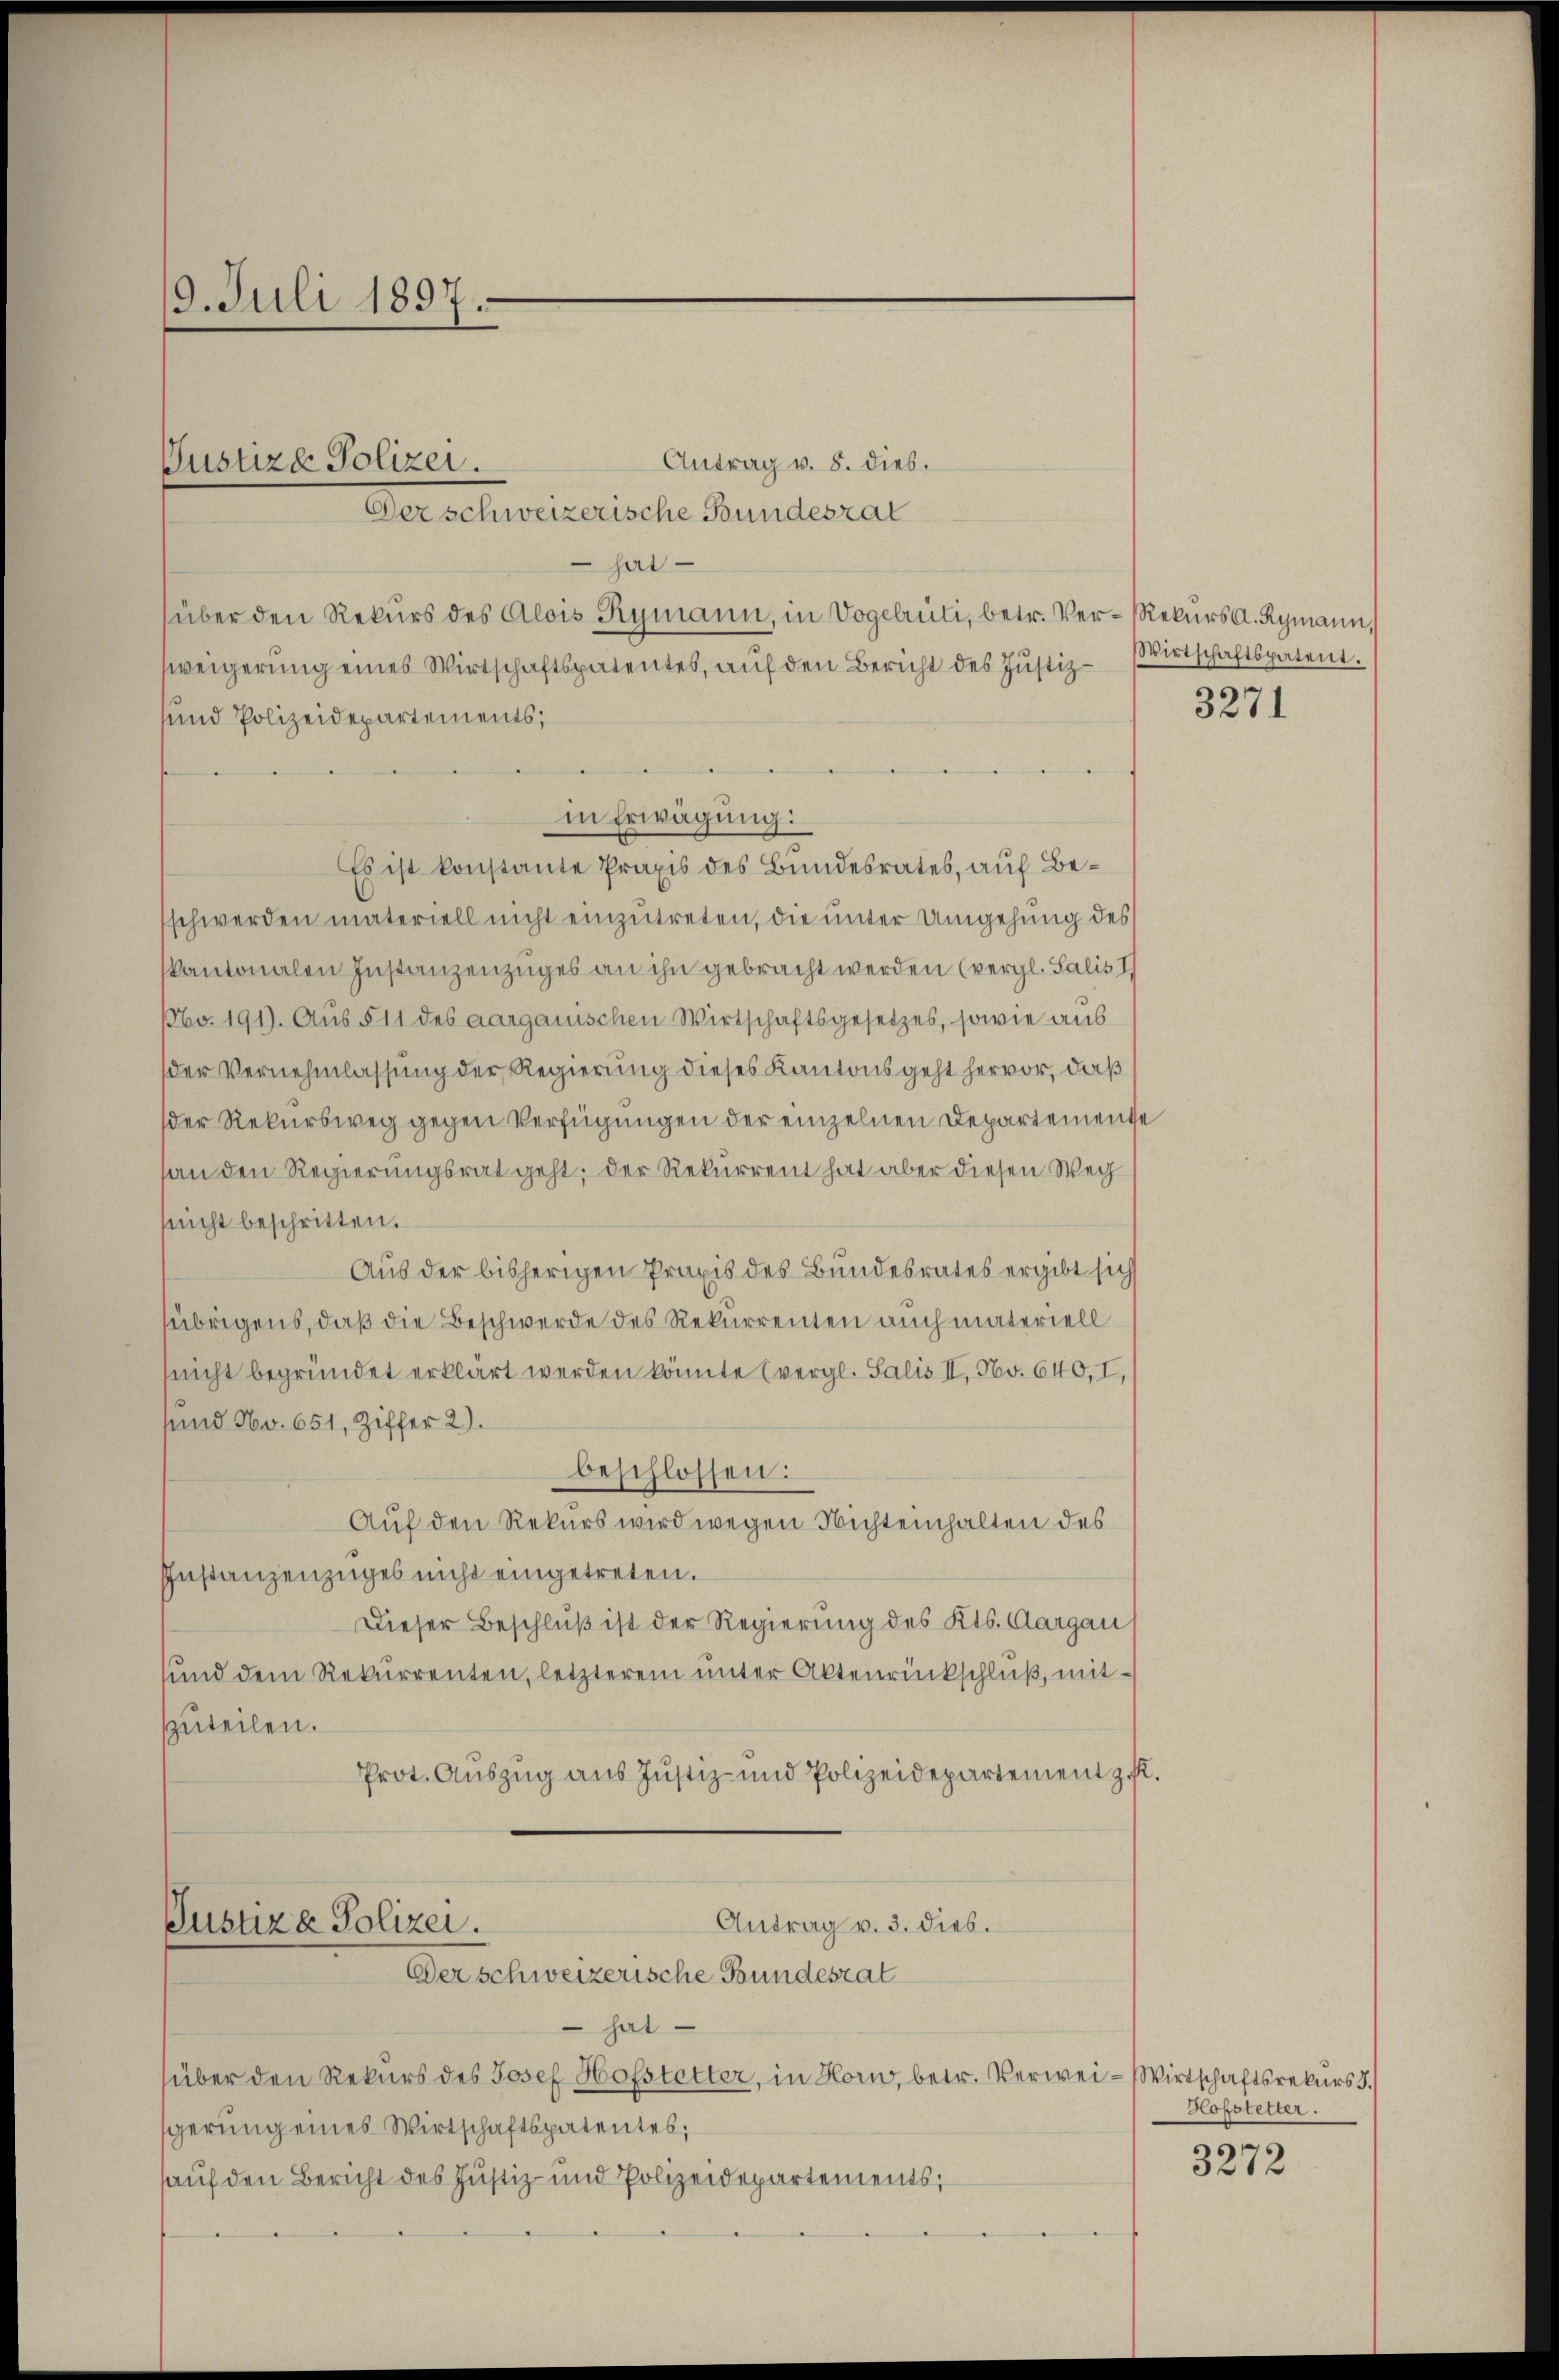
19. Juli 1897.

Justiz- Polizei.

Antrag v. 8. dies.
Der schweizerische Bundesrat
 hat
über den Rekurs des Alois Rymann, in Vogelrüti, betr. Ver- Rekurs A. Rymann,
weigerung eines Wirtschaftspatentes, auf den Bericht des Justiz-
uund Polizeidepartements,
in Erwägung:
Es ist konstante Praxis des Bundesrates, auf Besschwerden materiell nicht einzŭtreten, die unter Umgehung des
kantonalen Instanzenzuges an ihn gebracht werden (vergl. Salis I
Nbv. 191). Aus § 11 des aargauischen Wirtschaftsgesetzes, sowie aus
der Vernehmlassung der Regierung dieses Kantonsgeht hervor, daß
der Rekursweg gegen Verfügungen der einzelnen Departemente
an den Regierungsrat geht; der Rekurrent hat aber diesen Weg
nicht beschritten.
Aus der bisherigen Praxis des Bundesrates ergibt sic
übrigens, daß die Beschwerde des Rekurrenten auch materiell
(nicht begründet erklärt werden könnte (vergl. Salis II, No. 640, I,
sund No. 651, Ziffer 2).
beschlossen:
Auf den Rekurs wird wegen Nichteinhalten des
Instanzenzuges nicht eingetreten.
Dieser Beschluß ist der Regierung des Kts. Aargau
und dem Rekurrenten, letzterem ŭnter Aktenrückschlŭβ, mitszuteilen.
Prot. Auszug aus Justiz- und Polizeidepartement z. f.
Antrag v. 3. dies.
Justiz & Polizei.
Der schweizerische Bundesrat
 hat
über den Rekurs des Josef Hofstetter, in Horn, betr. Verwei- Wirtschaftsrekurs d.
sgerung eines Wirtschaftspatentes;
auf den Bericht des Justiz- und Polizeidepartements,

Wirtschaftspatent.

3271

Hofstetter.

3272